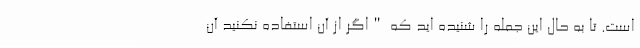
است. تا به حال این جمله را شنیده اید که "اگر از آن استفاده نکنید آن